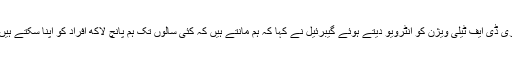
زی ڈی ایف ٹیلی ویژن کو انٹرویو دیتے ہوئے گیبرئیل نے کہا کہ ہم مانتے ہیں کہ کئی سالوں تک ہم پانچ لاکھ افراد کو اپنا سکتے ہیں۔